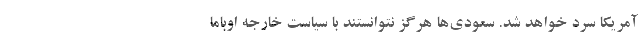
آمریکا سرد خواهد شد. سعودی‌ها هرگز نتوانستند با سیاست خارجه اوباما